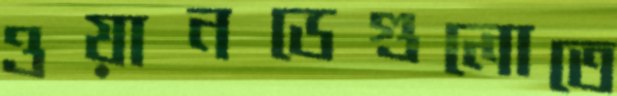
ওয়ানডেগুলোতে